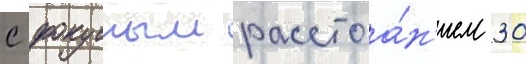
с фокусным расстоа́н'ием 30